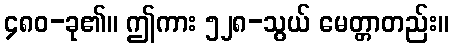
၄၈၀-ခု၏။ ဤကား ၅၂၈-သွယ် မေတ္တာတည်း။